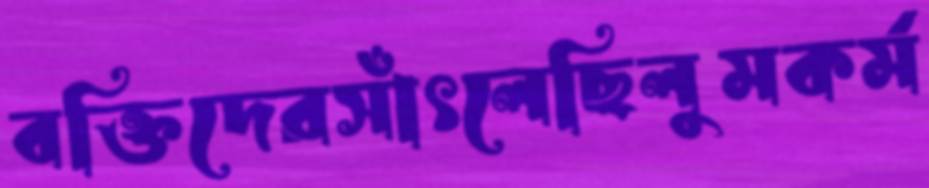
বক্তিদেরসাঁৎলেছিলুমকর্ম